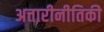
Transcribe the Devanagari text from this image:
अत्तारीनीतिकी